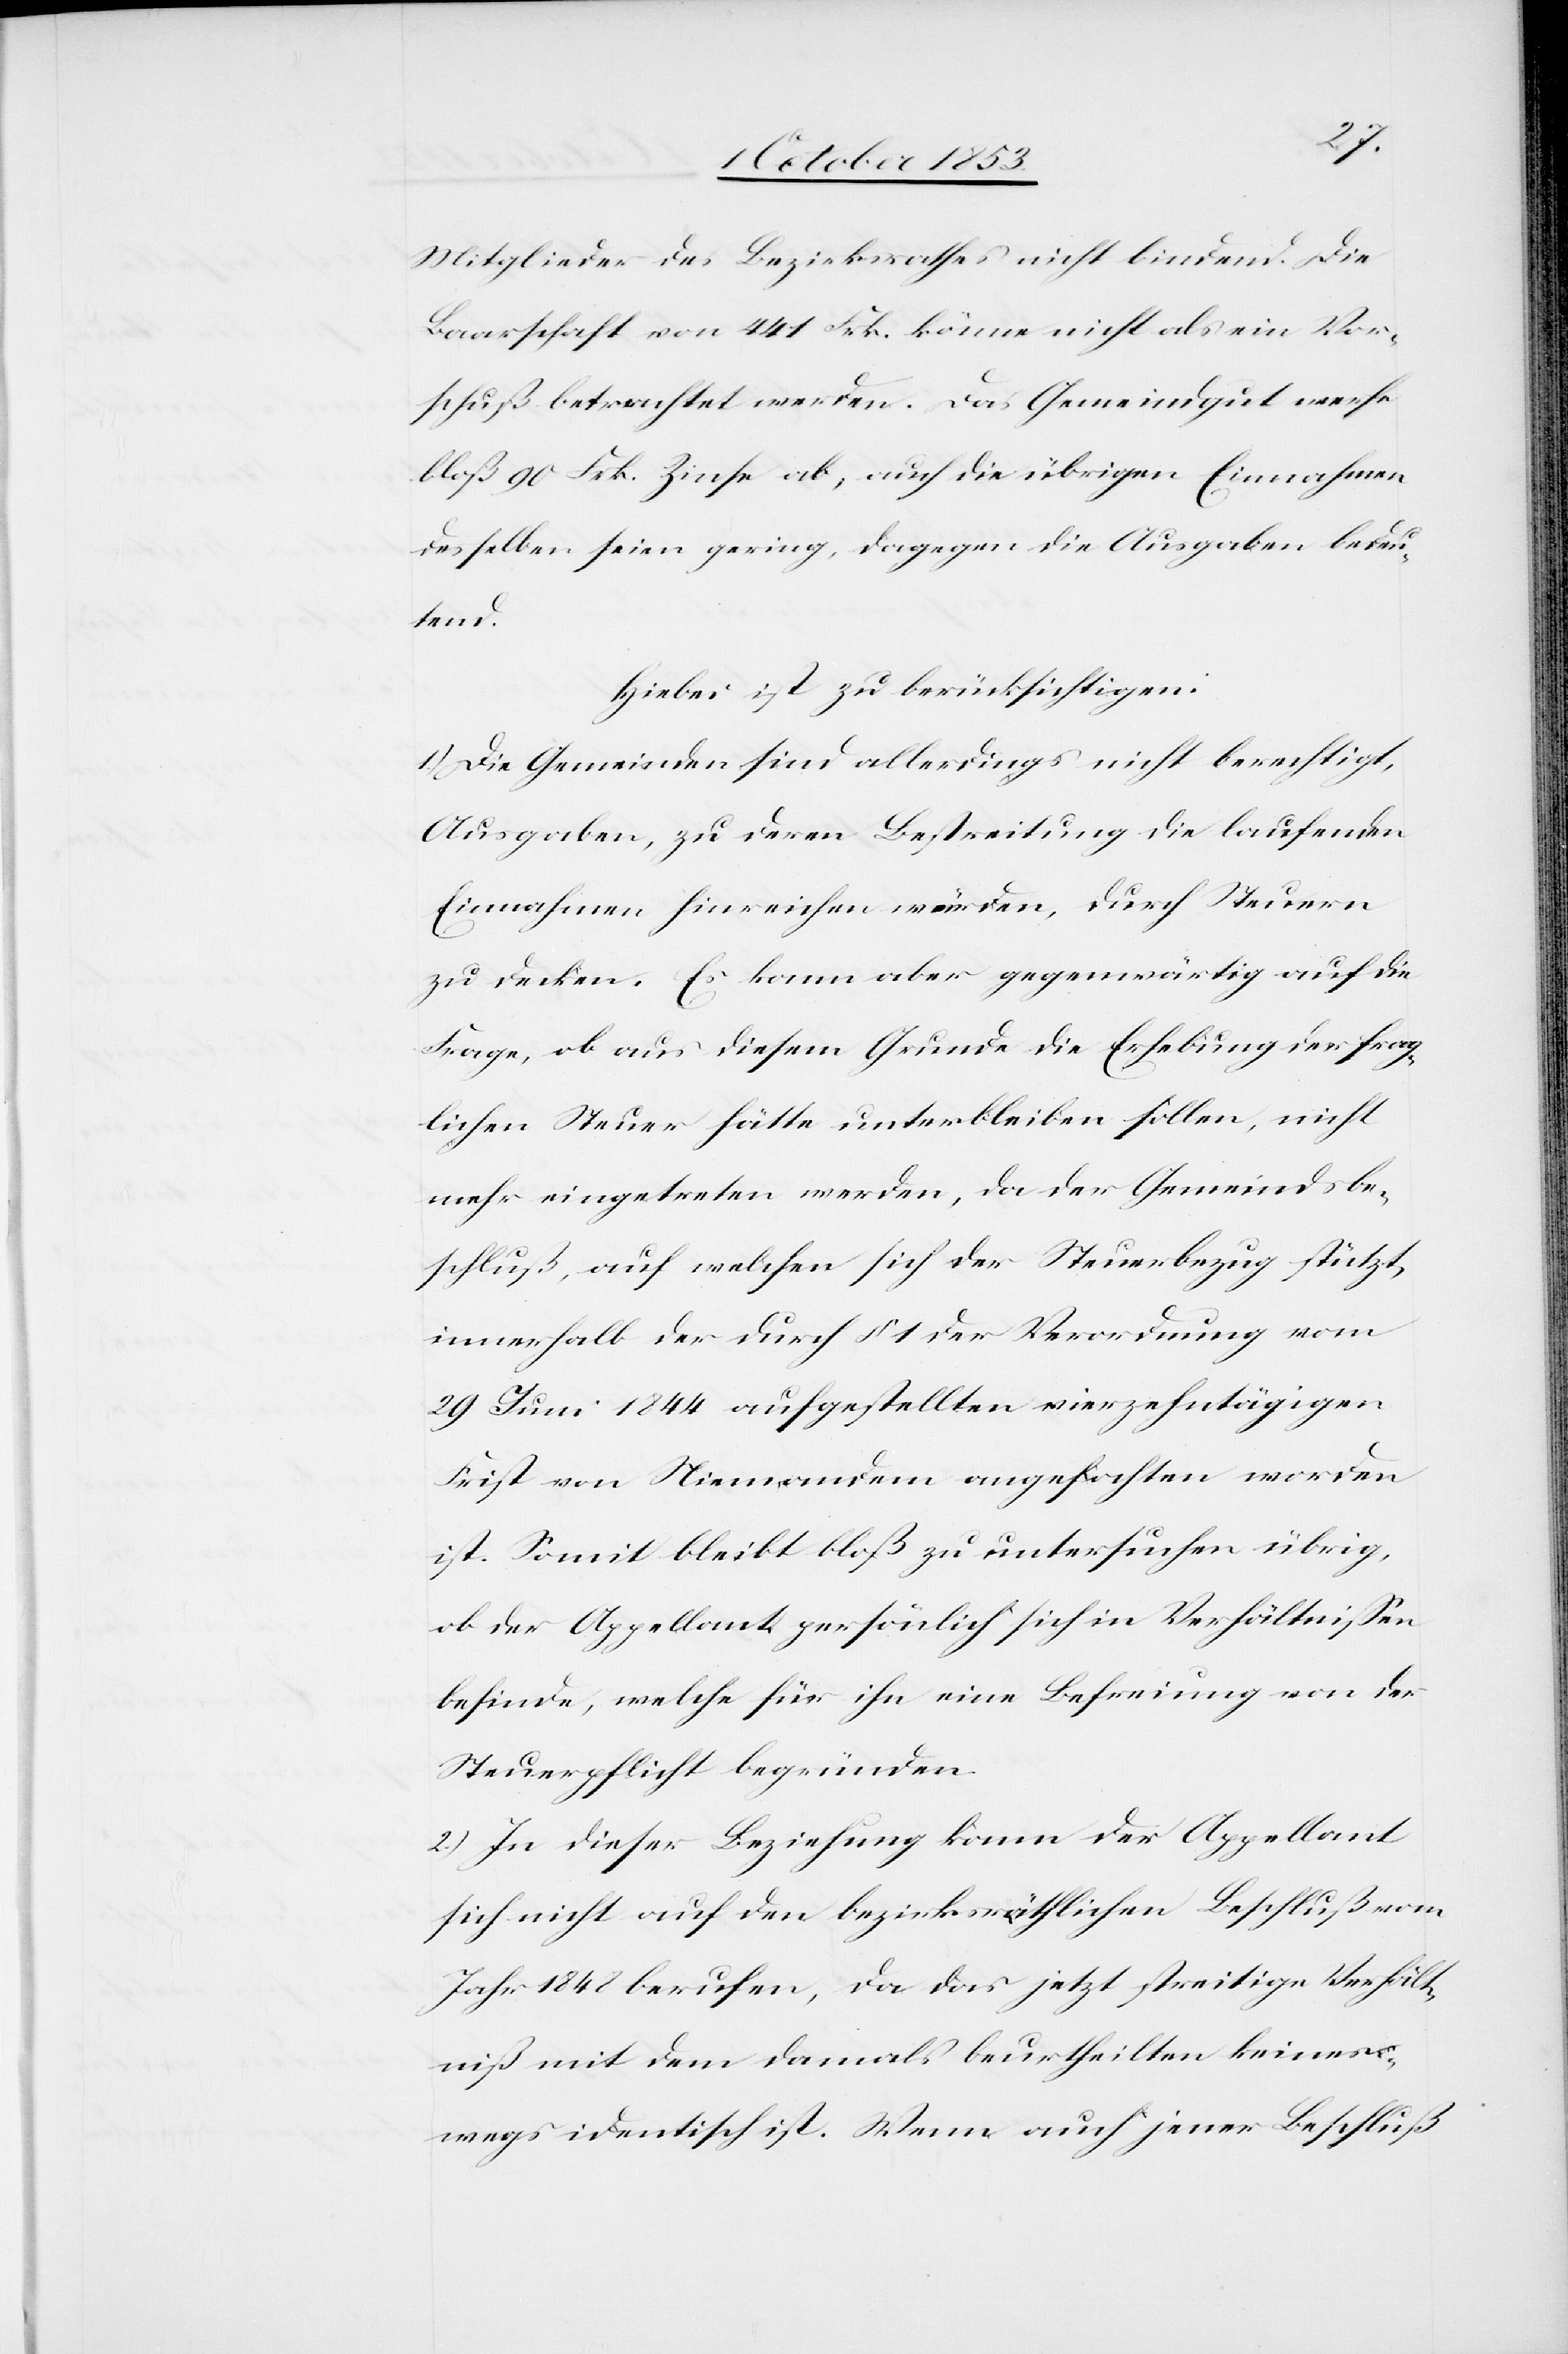
Mitglieder des Bezirksrathes nicht bindend. Die
Baarschaft von 441 Frk. könne nicht als ein Vor¬
schuß betrachtet werden. Das Gemeindgut werfe
bloß 90 Frk. Zinse ab, auch die übrigen Einnahmen
desselben seien gering, dagegen die Ausgaben bedeu¬
tend.
Hiebei ist zu berücksichtigen:
1.) Die Gemeinden sind allerdings nicht berechtigt,
Ausgaben, zu deren Bestreitung die laufenden
Einnahmen hinreichen würden, durch Steuern
zu decken. Es kann aber gegenwärtig auf die
Frage, ob aus diesem Grunde die Erhebung der frag¬
lichen Steuer hätte unterbleiben sollen, nicht
mehr eingetreten werden, da der Gemeindsbe¬
schluß, auf welchen sich der Steuerbezug stützt,
innerhalb der durch § 1 in Verordnung vom
29 Juni 1844 aufgestellten vierzehntägigen
Frist von Niemandem angehalten worden
ist. Somit bleibt bloß zu untersuchen übrig,
ob der Appellant persönlich sich in Verhältnißen
befinde, welche für ihn eine Befreiung von der
Steuerpflicht begründen.
2.) In dieser Beziehung kann der Appellant
sich nicht auf den bezirksräthlichen Beschluß vom
Jahr 1848 berufen, da das jetzt streitige Verhält¬
niß mit dem damals beurtheilten keines¬
wegs identisch ist. Wenn auch jener Beschluß